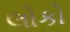
લોકો